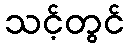
သင့်တွင်